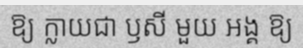
ឱ្យ ក្លាយជា ឫសី មួយ អង្គ ឱ្យ